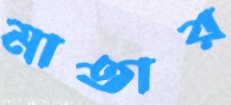
মাতার